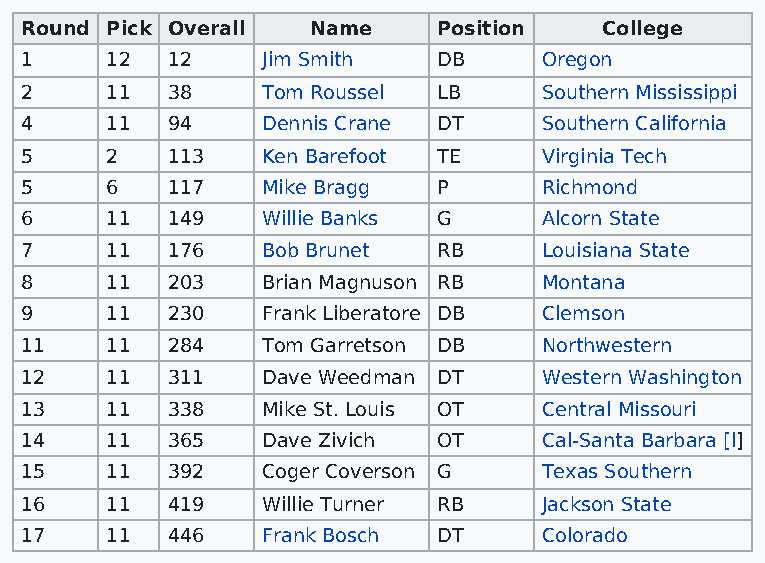
Round Pick Overall  Name    Position   College
 1     12  12    Jim Smith   DB     Oregon
 2     11  38    Tom Roussel LB     Southern Mississippi
 4     11  94    Dennis Crane DT    Southern California
 5     2   113   Ken Barefoot TE    Virginia Tech
 5     6   117   Mike Bragg  P      Richmond
 6     11  149   Willie Banks G     Alcorn State
 7     11  176   Bob Brunet  RB     Louisiana State
 8     11  203   Brian Magnuson RB  Montana
 9     11  230   Frank Liberatore DB Clemson
 11    11  284   Tom Garretson DB   Northwestern
 12    11  311   Dave Weedman DT    Western Washington
 13    11  338   Mike St. Louis OT  Central Missouri
 14    11  365   Dave Zivich OT     Cal-Santa Barbara [l]
 15    11  392   Coger Coverson G   Texas Southern
 16    11  419   Willie Turner RB   Jackson State
 17    11  446   Frank Bosch DT     Colorado